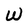
Character: W